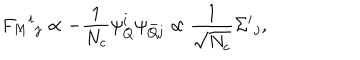
F _ { M } { } ^ { i } { } _ { j } \propto - { \frac { 1 } { N _ { c } } } \psi _ { Q } ^ { i } \psi _ { { \bar { Q } } j } \propto { \frac { 1 } { \sqrt { N _ { c } } } } \Sigma ^ { i } { } _ { j } ,